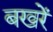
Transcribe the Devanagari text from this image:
बखरें